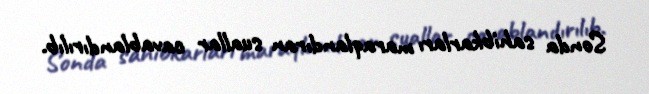
Sonda sahibkarları maraqlandıran suallar cavablandırılıb.